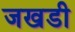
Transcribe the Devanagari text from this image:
जखडी